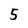
Character: 5